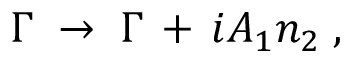
\Gamma \; \to \; \Gamma \, + \, i A _ { 1 } n _ { 2 } \; ,